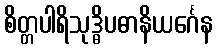
စိတ္တပါရိသုဒ္ဓိပဓာနိယင်္ဂေန